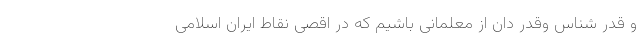
و قدر شناس وقدر دان از معلمانی باشیم که در اقصی نقاط ایران اسلامی